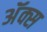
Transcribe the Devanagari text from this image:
अॅक्स